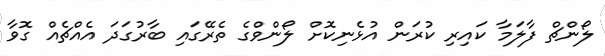
ލޯންޗް ފާލަމާ ކައިރި ކުރަން އުޅެނިކޮށް ލޯންވްގެ ތެރޭގައި ބާރުގަދަ އެއްޗެއް ގޮވާ